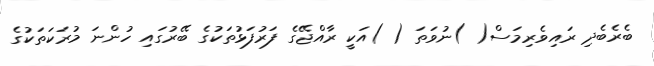
ބެރެބެދި ރައިވެރިމަސް( )ނުވަތަ ( )އަކީ ރާއްޖޭގެ ފަރުފަޅުތަކުގެ ބޭރުގައި ހުންނަ މުރަކަތަކުގެ